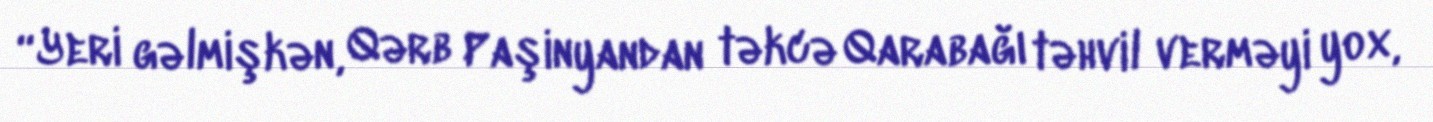
“Yeri gəlmişkən, Qərb Paşinyandan təkcə Qarabağı təhvil verməyi yox,